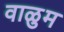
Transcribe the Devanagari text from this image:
वाळुम